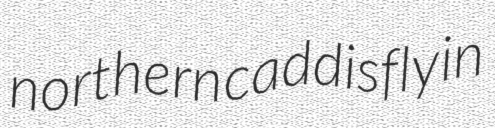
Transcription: northern caddisfly in